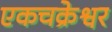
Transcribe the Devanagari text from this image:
एकचक्रेश्वर